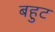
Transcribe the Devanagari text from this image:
बहुट